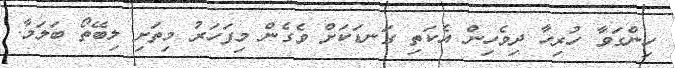
ހިންގަވާ ހުރިހާ ދިވެހިން އެކަތި ގަނޑަކަށް ވެގެން މިފަހަރު މިތަށި ލިބޭތޯ ބަލަމާ.